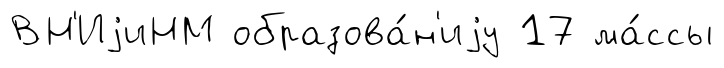
ВН'ИjиНМ образова́н'иjу 17 ма́ссы